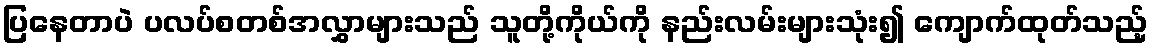
ပြနေတာပဲ ပလပ်စတစ်အလွှာများသည် သူတို့ကိုယ်ကို နည်းလမ်းများသုံး၍ ကျောက်ထုတ်သည့်